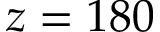
z = 1 8 0